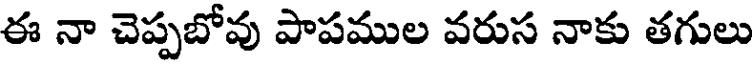
ఈ నా చెప్పబోవు పాపముల వరుస నాకు తగులు